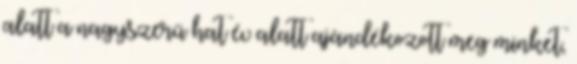
alatt a nagyszerű hat év alatt ajándékozott meg minket,